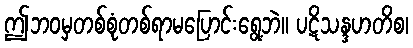
ဤဘဝမှတစ်စုံတစ်ရာမပြောင်းရွေ့ဘဲ။ ပဋိသန္ဒဟတိစ၊